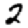
Digit: 2